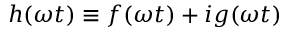
{ h ( \omega t ) \equiv f ( \omega t ) + i g ( \omega t ) }